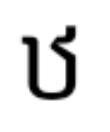
ឋ